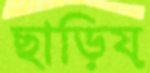
ছাড়িয়